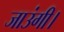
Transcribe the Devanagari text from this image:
जाउंगी।